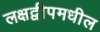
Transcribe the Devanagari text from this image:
लक्षद्वीपमधील